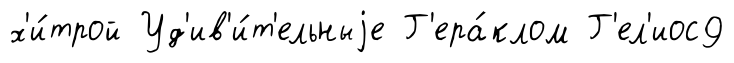
х'и́трой Уд'ив'и́т'ельныjе Г'ера́клом Г'ел'иос9